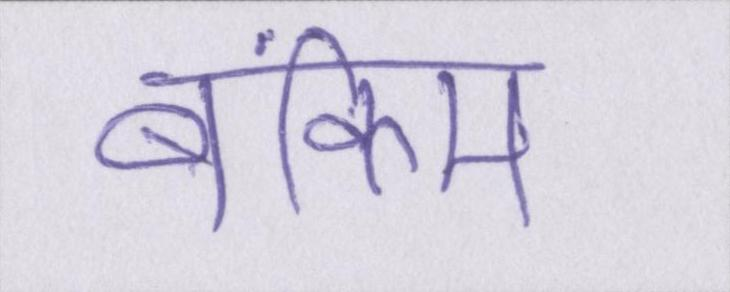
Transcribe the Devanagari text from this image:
बंकिम